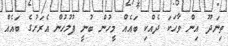
ތިނަދޫ އިން ވާހަކަ ދެއްކި ބައެއް މީހުން ބުނީ ފުލުހުން އެރަށުގެ ބައެއް